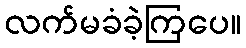
လက်မခံခဲ့ကြပေ။